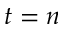
t = n